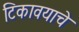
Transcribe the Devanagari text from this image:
टिकावयाचे